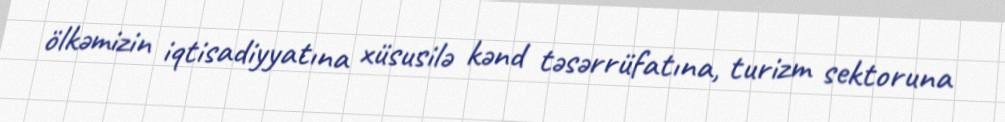
ölkəmizin iqtisadiyyatına xüsusilə kənd təsərrüfatına, turizm sektoruna